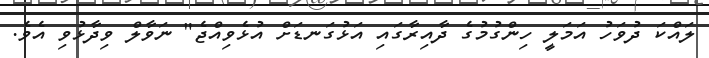
ލައްކަ ދުވަހު އަމަލީ ހިންގުމުގެ ދާއިރާގައި އަޅުގަނޑަށް އުޅެވިއްޖެ" ނަވާލް ވިދާޅުވި އެވެ.